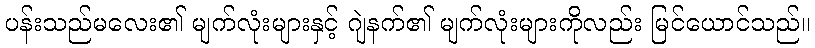
ပန်းသည်မလေး၏ မျက်လုံးများနှင့် ဂျဲနက်၏ မျက်လုံးများကိုလည်း မြင်ယောင်သည်။